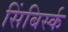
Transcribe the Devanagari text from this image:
सिंबिर्स्क